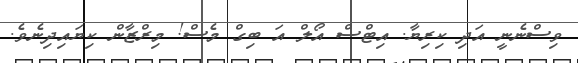
ވިސްނެނީ އަދި ކިރިޔާ. އިޓްސް އޯލް އަ ބިގް މެސް! މިރްޒާން ކިޔައިދިނެވެ.